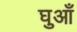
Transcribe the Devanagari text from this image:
घुआँ